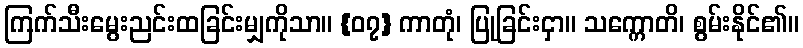
ကြက်သီးမွေးညင်းထခြင်းမျှကိုသာ။ {၀၇} ကာတုံ၊ ပြုခြင်းငှာ။ သက္ကောတိ၊ စွမ်းနိုင်၏။